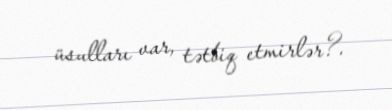
üsulları var, tətbiq etmirlər?.